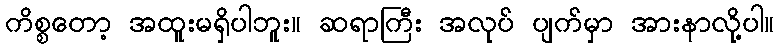
ကိစ္စတော့ အထူးမရှိပါဘူး။ ဆရာကြီး အလုပ် ပျက်မှာ အားနာလို့ပါ။